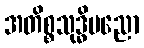
အတိစ္စသုဒ္ဓိပညော